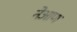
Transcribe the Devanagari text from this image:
नेआण